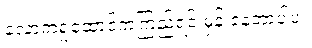
လောကရှုထောင့်ကကြည့်ရင် မှန် နေတာပါပဲ။